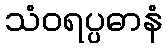
သံဝရပ္ပဓာနံ